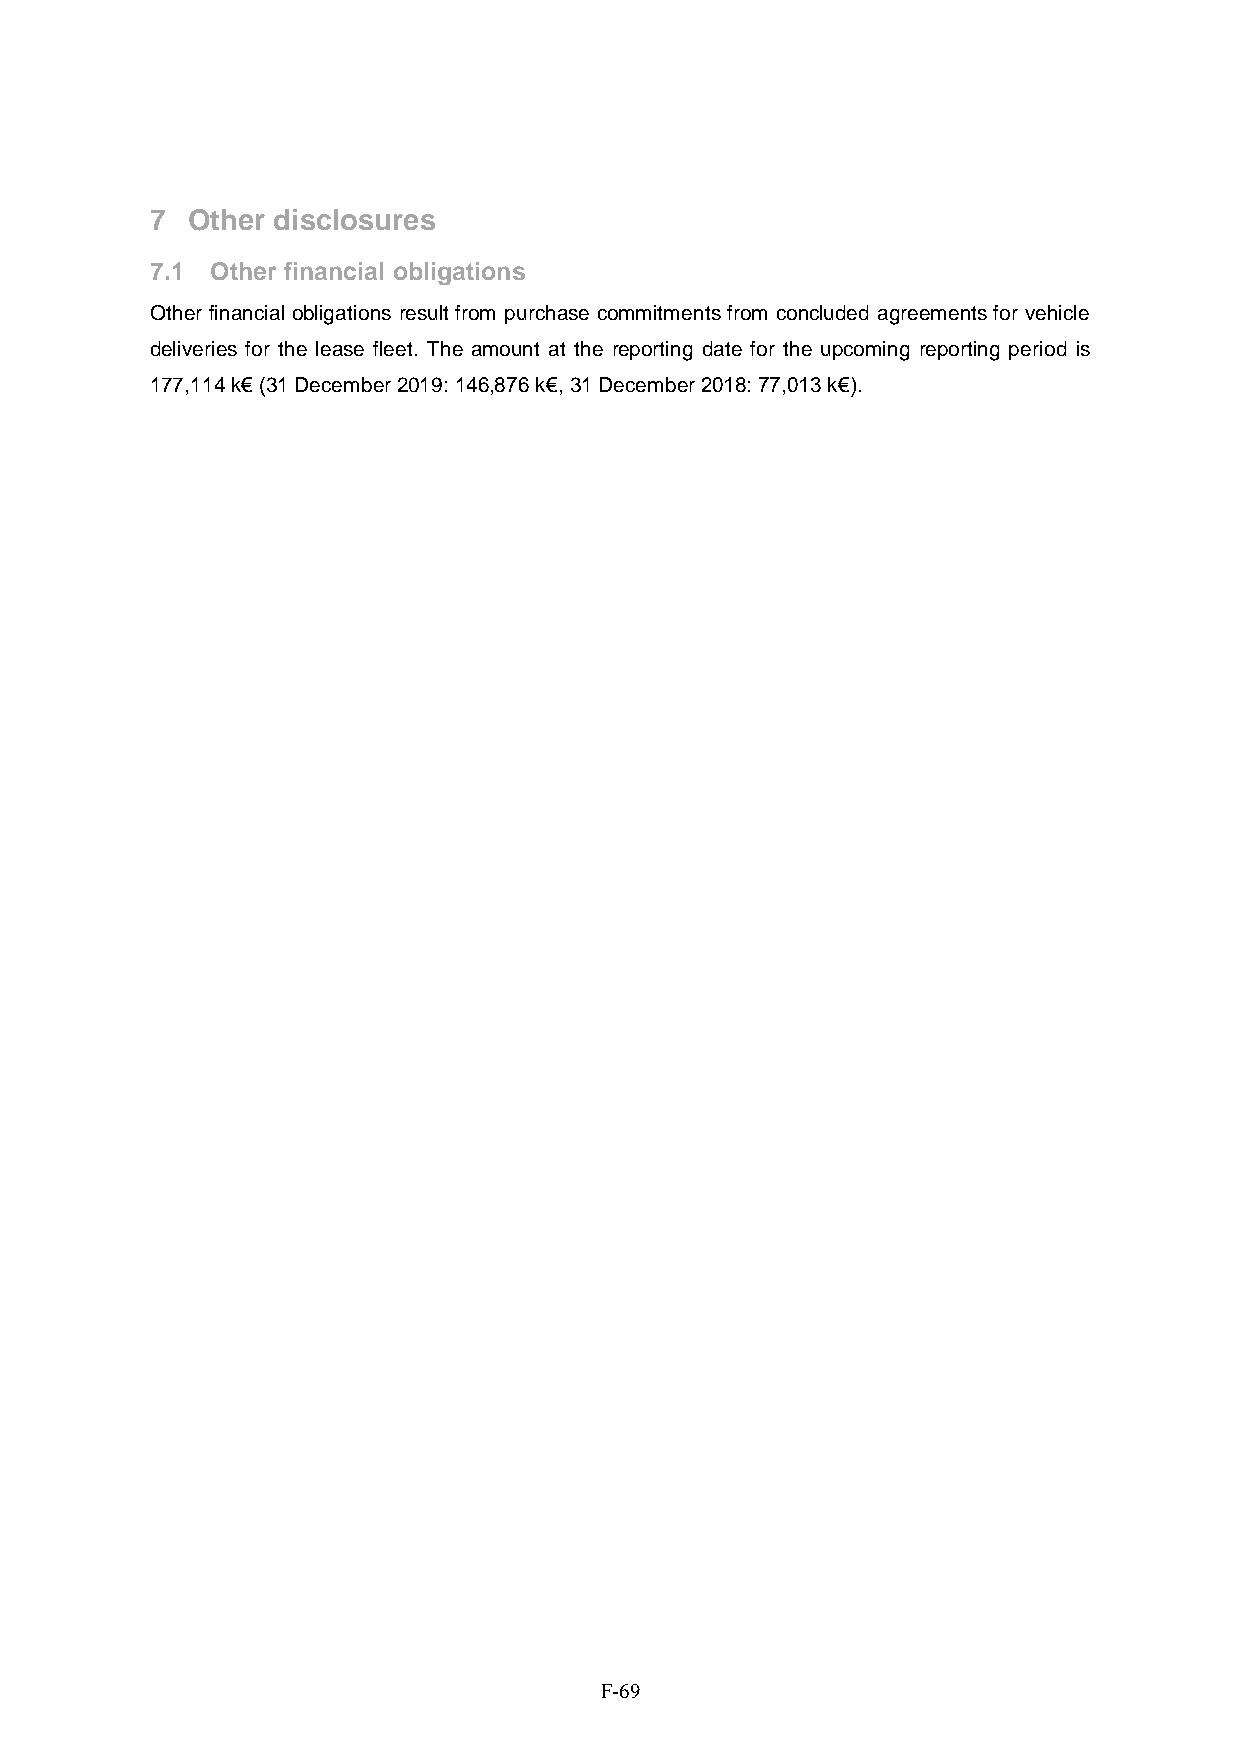
7 Other disclosures
 7.1 Other financial obligations
 Other financial obligations result from purchase commitments from concluded agreements for vehicle
 deliveries for the lease fleet. The amount at the reporting date for the upcoming reporting period is
 177,114 k€ (31 December 2019: 146,876 k€, 31 December 2018: 77,013 k€).
 F-69